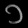
Digit: ၁